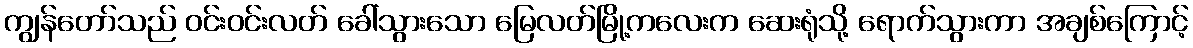
ကျွန်တော်သည် ဝင်းဝင်းလတ် ခေါ်သွားသော မြေလတ်မြို့ကလေးက ဆေးရုံသို့ ရောက်သွားကာ အချစ်ကြောင့်